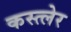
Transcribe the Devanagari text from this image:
कस्त्लेर